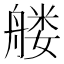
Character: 𰰑